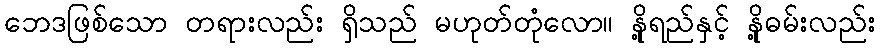
ဘေဒဖြစ်သော တရားလည်း ရှိသည် မဟုတ်တုံလော။ နို့ရည်နှင့် နို့ဓမ်းလည်း